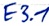
Text: E3.1